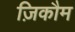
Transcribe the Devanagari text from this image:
ज़िकौम